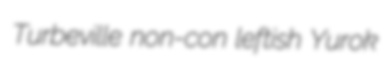
Turbeville non-con leftish Yurok